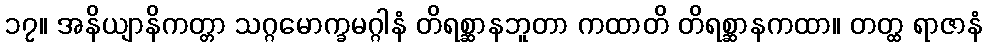
၁၇။ အနိယျာနိကတ္တာ သဂ္ဂမောက္ခမဂ္ဂါနံ တိရစ္ဆာနဘူတာ ကထာတိ တိရစ္ဆာနကထာ။ တတ္ထ ရာဇာနံ